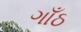
ગાઁઠ